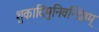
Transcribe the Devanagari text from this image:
शुकादिमुनिवन्दितम्